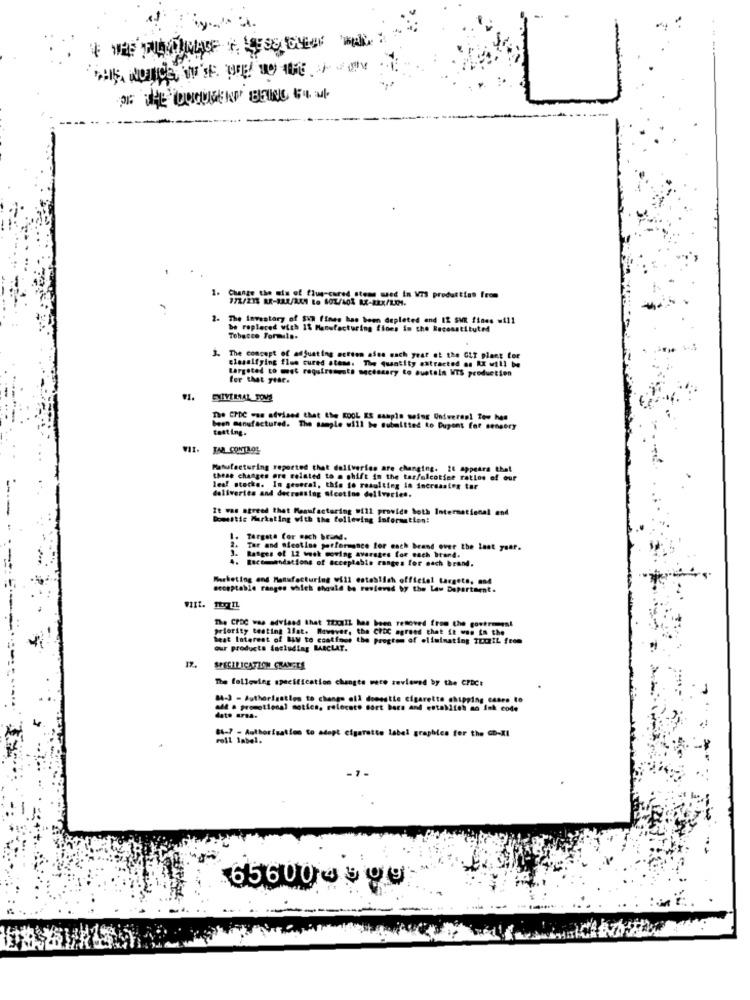
OF THE OCUMENT BEING FALL
1.
Change the mis of Plus-cared stems med in WTS production from
2. The inventory of EXW fines has been depleted end I2 SWR fines will
be replaced with It Manufacturing fines in the Boconstituted
Tobacco Formula.
3. The concept of adjusting action afon each yeat et the GLT plant for
classifying flus cured atene. The quantity extracted an Rx will be
targeted to met requirements necessary to Buetala WTS production
for that year.
The CTDC -us advised that the KOOL ES samplo moing Uniweren! Tew hee
been manufactured. The sample will be submitted to Dupont for sensory
testing.
Manufacturing reported that deliveries are changing. 28 appears that
these changes are related to @ shift in the tar/nicotine ratlos of our
lea! stocke. In general, this to resulting in increasing tur
deliveries and detressing nicotine deliveries.
It was agreed that Manufacturing will provide both International and
Domestic Marketing with the following information:
1. Targeta for mach brand.
2.
Tar and nicotine performance for each brand over the last year.
3. Ranges of 12 wook moving averages for each Stand.
Recommendations of acceptable ranges for each brand.
Marketing and Manufacturing will establish officiel targets, md
acceptable ranges which should be reviewed by the Law Department.
VIIt. TIL
The CPDC was advised that I2xIL has been removed from the goverment
priority testing ifat. However, the ChDC agreed that it was in the
heat Interest of BLW to continue the Pregtom of eliminating TEURIL from
our products including BARCLAT.
SPECIFICATION GRANATE
The following specification changes were reviewed by the CFDC:
84-3 - Authorisation to change all dienstie cigarette chipping csere to
all . promotional notice, relocate cort bars and establish an Ink code
date area.
St-Y - Authorisation to adopt cigarette label graphics for the Co-RI
656004509